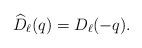
LaTeX: \begin{align*}\widehat{D}_\ell(q) = D_\ell(-q).\end{align*}